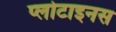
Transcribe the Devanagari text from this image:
प्लोटाइनस